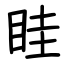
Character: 眭